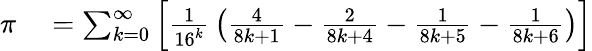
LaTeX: \begin{array}{rl}{\pi}&{{}=\sum_{k=0}^{\infty}\left[{\frac{1}{16^{k}}}\left({\frac{4}{8k+1}}-{\frac{2}{8k+4}}-{\frac{1}{8k+5}}-{\frac{1}{8k+6}}\right)\right]}\end{array}